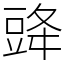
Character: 䜶